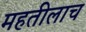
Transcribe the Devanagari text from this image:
महतीलाच